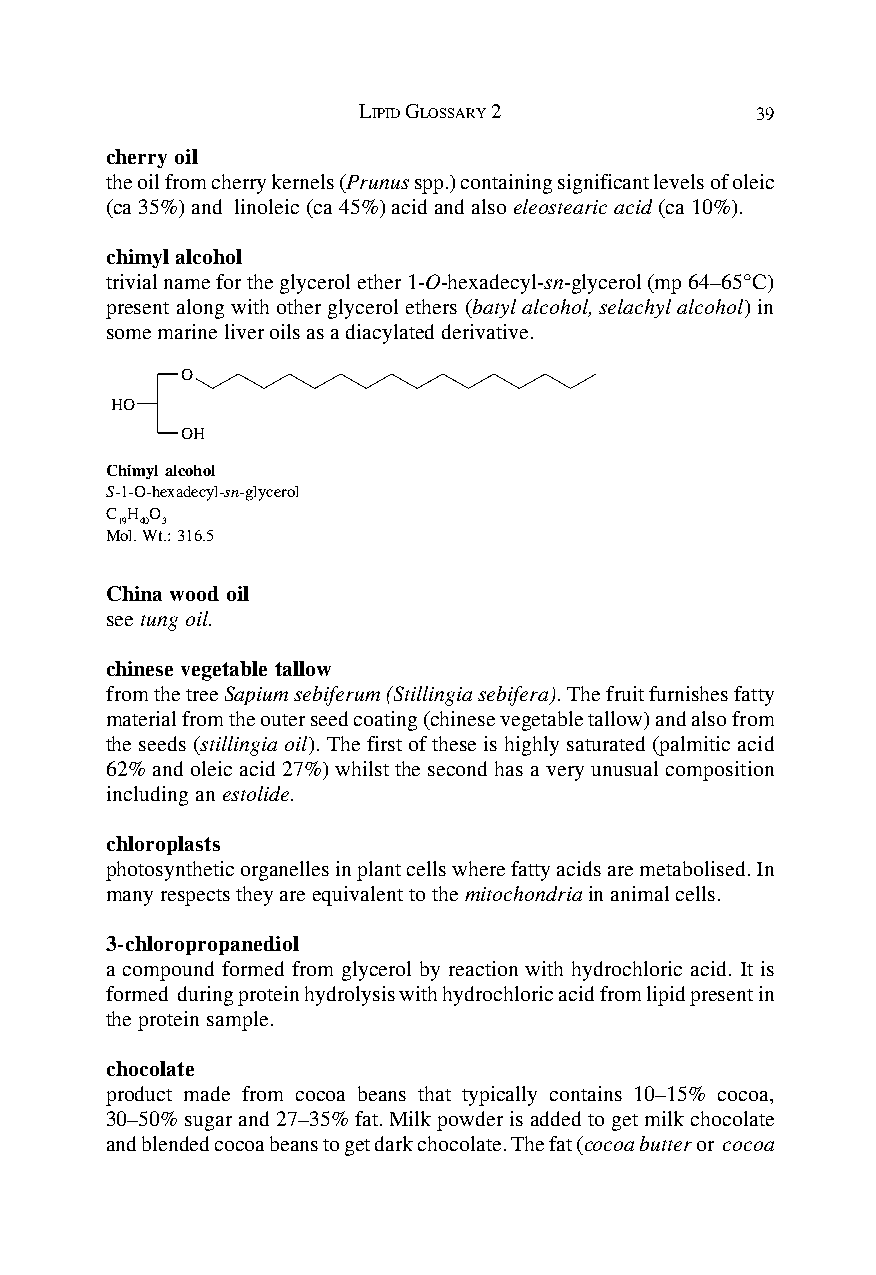
LIPID GLOSSARY 2          39
 cherry oil
 the oil from cherry kernels (Prunus spp.) containing significant levels of oleic
 (ca 35%) and linoleic (ca 45%) acid and also eleostearic acid (ca 10%).
 chimyl alcohol
 trivial name for the glycerol ether 1-O-hexadecyl-sn-glycerol (mp 64–65°C)
 present along with other glycerol ethers (batyl alcohol, selachyl alcohol) in
 some marine liver oils as a diacylated derivative.
 O
 HO
 OH
 Chimyl alcohol
 S-1-O-hexadecyl-sn-glycerol
 C H O
 19 40 3
 Mol. Wt.: 316.5
 China wood oil
 see tung oil.
 chinese vegetable tallow
 from the tree Sapium sebiferum (Stillingia sebifera). The fruit furnishes fatty
 material from the outer seed coating (chinese vegetable tallow) and also from
 the seeds (stillingia oil). The first of these is highly saturated (palmitic acid
 62% and oleic acid 27%) whilst the second has a very unusual composition
 including an estolide.
 chloroplasts
 photosynthetic organelles in plant cells where fatty acids are metabolised. In
 many respects they are equivalent to the mitochondria in animal cells.
 3-chloropropanediol
 a compound formed from glycerol by reaction with hydrochloric acid. It is
 formed during protein hydrolysis with hydrochloric acid from lipid present in
 the protein sample.
 chocolate
 product made from cocoa beans that typically contains 10–15% cocoa,
 30–50% sugar and 27–35% fat. Milk powder is added to get milk chocolate
 and blended cocoa beans to get dark chocolate. The fat (cocoa butter or cocoa